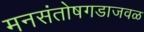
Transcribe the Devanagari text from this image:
मनसंतोषगडाजवळ